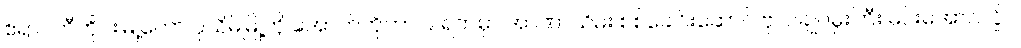
ဧရာဝတီတိုင်းမြို့တော် ပုသိမ်မြို့ကို အောက်တိုဘာ ၉ ရက်မှာ အာဏာသိမ်း စစ်ခေါင်းဆောင် ဗိုလ်ချုပ်မှူးကြီး မင်းအောင်လှိုင်